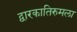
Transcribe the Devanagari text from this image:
द्वारकातिरुमला